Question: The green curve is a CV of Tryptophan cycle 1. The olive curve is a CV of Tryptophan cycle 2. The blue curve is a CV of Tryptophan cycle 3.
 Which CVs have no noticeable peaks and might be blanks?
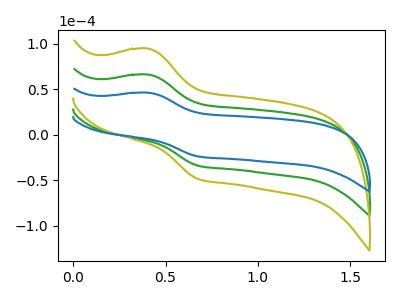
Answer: <think>The green curve "Tryptophan cycle 1" has an anodic peak at (0.40V, 66.20uA) and a cathodic peak at (0.70V, -33.80uA). The olive curve "Tryptophan cycle 2" has an anodic peak at (0.40V, 132.40uA) and a cathodic peak at (0.70V, -67.60uA). The blue curve "Tryptophan cycle 3" has an anodic peak at (0.40V, 46.30uA) and a cathodic peak at (0.70V, -23.65uA).</think>
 <answer>There are not any CV's on this graph that are likely to be blanks.</answer>
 <eval>none</eval>